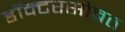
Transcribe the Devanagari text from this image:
डॉक्टरसोबत